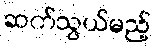
ဆက်သွယ်မည့်